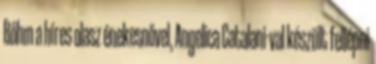
Böhm a híres olasz énekesnővel, Angelica Catalani-val készült fellépni